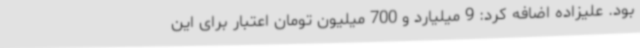
بود. علیزاده اضافه کرد: 9 میلیارد و 700 میلیون تومان اعتبار برای این